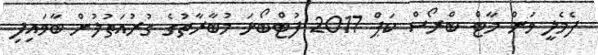
ފެމެލީ ވަން މާޓް ބްރޯސް ކަޕް 2017 ފުޓްބޯޅަ މުބާރާތުގެ ގުރުއަތުލުން ބާވައިފި